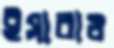
ইসারাও